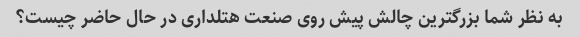
به نظر شما بزرگترین چالش پیش روی صنعت هتلداری در حال حاضر چیست؟